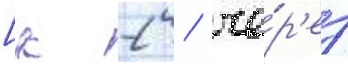
[к 2 / че́р'ез